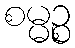
စမ္မဉ္စ